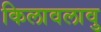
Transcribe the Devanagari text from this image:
किलावलावु